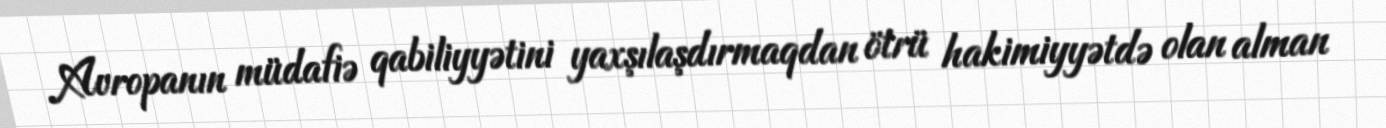
Avropanın müdafiə qabiliyyətini yaxşılaşdırmaqdan ötrü hakimiyyətdə olan alman